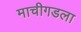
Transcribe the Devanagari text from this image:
माचीगडला